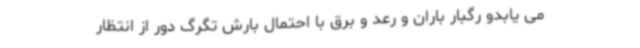
می یابدو رگبار باران و رعد و برق با احتمال بارش تگرگ دور از انتظار